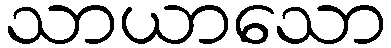
သာယာသော